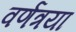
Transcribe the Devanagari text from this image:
वर्णत्रया